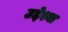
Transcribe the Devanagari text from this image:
उद्देश्या